Calcutta medical institutions reports 1879-81 [i.e.91]
Year: 1879
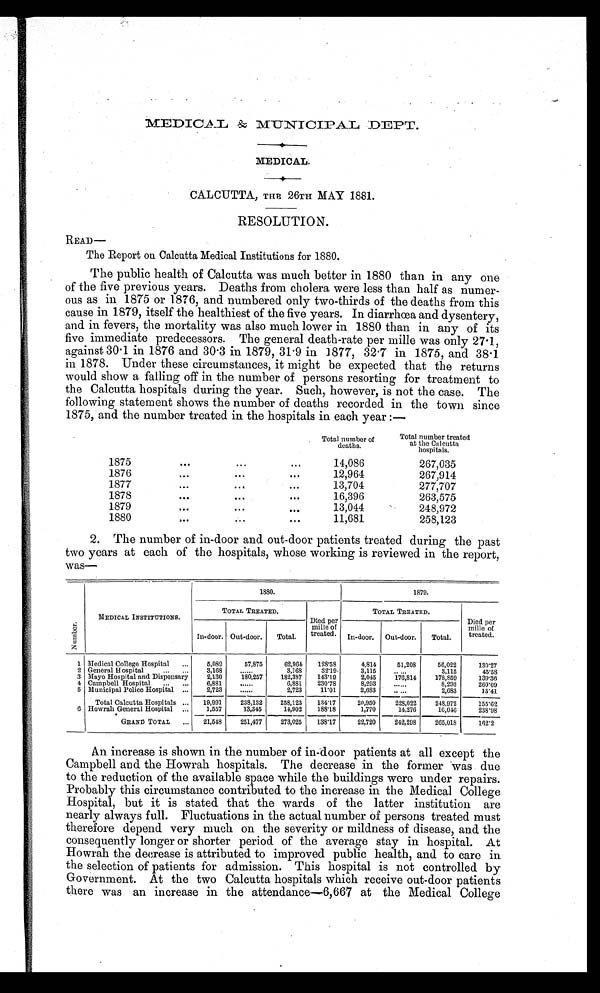
MEDICAL.
CALCUTTA, THE 26TH MAY 1881.
RESOLUTION.
READ—
The Report on Calcutta Medical Institutions for 1880.
The public health of Calcutta was much better in 1880 than in any one
of the five previous years. Deaths from cholera were less than half as numer-
ous as in 1875 or 1 876, and numbered only two-thirds of the deaths from this
cause in 1879, itself the healthiest of the five years. In diarrhœa and dysentery,
and in fevers, the mortality was also much lower in 1880 than in any of its
five immediate predecessors. The general death-rate per mille was only 27.1,
against 30 . 1 in 1876 and 30 . 3 in 1879, 31 . 9 in 1877, 32'7 in 1875, and 38.1
in 1878. Under these circumstances, it might be expected that the returns
would show a falling off in the number of persons resorting for treatment to
the Calcutta hospitals during the year. Such, however, is not the case. The
following statement shows the number of deaths recorded in the town since
1875, and the number treated in the hospitals in each year :—
Total number of
d e a t h s .
.
Total number treated
at the Calcutta
hospitals.
1875
14,086
267,035
1876
12,964
267,914
1877
13,704
277,707
1878
16,396
263,575
1879
13,044
248,972
1880
11,681
258,123
2. The number of in-door and out-door patients treated during the past
two years at each of the hospitals, whose working is reviewed in the report,
was—
MEDICAL INSTITUTIONS.
1880.
1879.
TOTAL TREATED.
TOTAL TREATED.
N u m b e r .
In-door. Out-door.
Total.
Died per
mille of
treated.
In-door.
Out-door.
Total,
Died per
mille of
treated.
1 Medical College Hospital
5,089
57,875
6 2 , 9 6 4
128.58
4 , 8 1 4
51,208
56,022
130.27
2 General Hospital..
...
3,168
3,168
32.19
3,115
3,115
45.58
3 Mayo Hospital and Dispensary
2,130
1 8 0 , 2 5 7
182,387
143.19
2,045
1 7 6 , 8 1 4
178,859
1 3 9 . 3 6
4 Campbell Hospital
6,881
......
6,881
230'78
8,293
......
8,293
260'09
5 Municipal Police Hospital ...
2,723
......
2,723
11'01
2,683
.....
2,683
13'41
Total Calcutta Hospitals ...
-
19,991
238,132
258,123
134.17
20,950
228,022
248,972
155.62
6 Howrah General Hospital ...
1,557
13,345
14,902
188'18
1,770
14,276
1 6 , 0 4 6
238.98
GRAND TOTAL
...
-
21,548
251,477
273,025
138'17
22,720
242,298
265,018
162.2
An increase is shown in the number of in-door patients at all except the
Campbell and the Howrah hospitals. The decrease in the former was due
to the reduction of the available space while the buildings were under repairs.
Probably this circumstance contributed to the increase in the Medical College
Hospital, but it is stated that the wards of the latter institution are
nearly always full. Fluctuations in the actual number of persons treated must
therefore depend very much on the severity or mildness of disease, and the
consequently longer or shorter period of the average stay in hospital. At
Howrah the decrease is attributed to improved public health, and to care in
the selection of patients for admission. This hospital is not controlled by
Government. At the two Calcutta hospitals which receive out-door patients
there was an increase in the attendance—6,667 at the Medical College